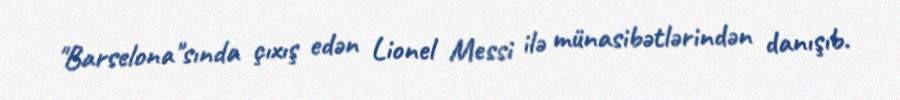
"Barselona"sında çıxış edən Lionel Messi ilə münasibətlərindən danışıb.